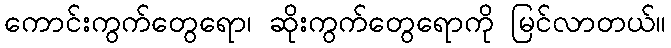
ကောင်းကွက်တွေရော၊ ဆိုးကွက်တွေရောကို မြင်လာတယ်။